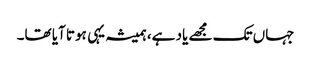
جہاں تک مجھے یاد ہے، ہمیشہ یہی ہوتا آیا تھا۔